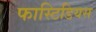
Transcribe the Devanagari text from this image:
फास्टिडियस